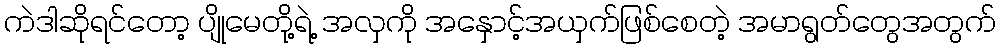
ကဲဒါဆိုရင်တော့ ပျိုမေတို့ရဲ့ အလှကို အနှောင့်အယှက်ဖြစ်စေတဲ့ အမာရွတ်တွေအတွက်